Report on horse surra - Volume II, Part II
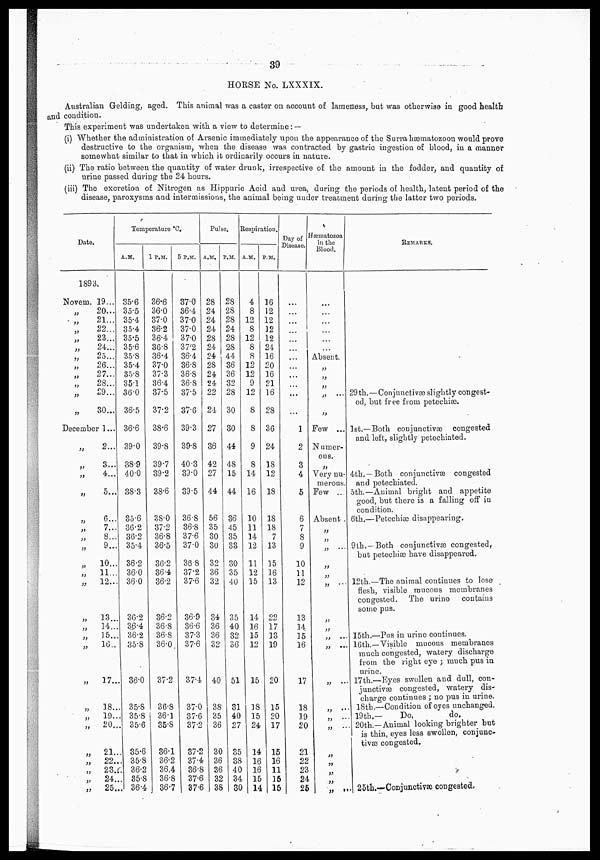
39
HORSE No. LXXXIX.
Australian Gelding, aged. This animal was a caster on account of lameness, but was otherwise in good health
and condition.
This experiment was undertaken with a view to determine: —
(i) Whether the administration of Arsenic immediately upon the appearance of the Surra hæmatozoon would prove
destructive to the organism, when the disease was contracted by gastric ingestion of blood, in a manner
somewhat similar to that in which it ordinarily occurs in nature.
(ii) The ratio between the quantity of water drunk, irrespective of the amount in the fodder, and quantity of
urine passed during the 24 hours.
(iii) The excretion of Nitrogen as Hippuric Acid and urea, during the periods of health, latent period of the
disease, paroxysms and intermissions, the animal being under treatment during the latter two periods.
Date.
1893.
Novem. 19...
„
20...
„
21...
„
22...
„
23...
„,
24...
„
25...
„
26...
„
27
„ 28...
„
29...
„
30...
December 1...
„
2...
„
3...
„
4...
„
5...
„
6...
„
7...
„ 8...
„
9...
„
10...
„ 11...
„
12...
„
13...
„
14...
„
15..
„
16..
„
17..
„
18..
„
19..
„
20..
„
21..
„ 22
„
23.
„
24.
„
25.
Temperature °C.
A.M.
35.6
35.5
35.4
35.4
35.5
356
35.8
35.4
35.8
351
36.0
36.5
36.6
39.0
389
40.0
38.3
35.6
36.2
36.2
35.4
36.2
36.0
36.0
3G.2
36.4
36.2
35.8
36.0
35.8
35.8
. 35.6
85.6
35.8
36.2
35.8
36.4
1 P.M.
36.6
36.0
37.0
36.2
36.4
36.8
36.4
37.0
37.3
36.4
37.5
37.2
38.6
39.8
39.7
39.2
38.6
38.0
37.2
36.8
36.5
36.2
36.4
36.2
36.2
36.8
36.8
36.0
37.2
36.8
36.1
35.8
36.1
36.2
36.4
36.8
36.7
5 P.M.
37.0
36.4
37.0
37.0
370
37.2
36.4
36.8
36.8
36.8
37.5
37.6
39.3
39.8
40.3
39.0
39.5
36.8
36.8
37.6
37.0
36.8
37.2
37.6
36.9
36.6
37.3
37.6
37.4
37.0
37.6
37.2
37.2
37.4
36.8
37.6
37.6
Pulse.
A.M.
28
24
24
24
28
24
24
28
24
24
24
24
27
36
42
27
44
56
35
30
30
32
36
32
34
36
36
32
40
38
35
36
30
36
36
32
38
P.M.
28
28
28
24
28
2S
44
36
36
32
28
30
30
44
48
15
44
36
45
35
38
30
35
40
35
40
32
36
51
31
40
27
35
38
40
34
30
Respiration.
A.M.
4
8
12
8
12
8
8
12
12
9
12
8
8
9
8
14
16
10
11
14
12
11
12
15
14
16
15
12
15
18
15
24
14
16
16
15
14
P.M.
16
12
12
12
12
24
16
20
16
21
16
28
36
24
18
12
18
18
18
7
13
15
16
13
22
17
13
19
20
15
20
17
15
16
11
15
15
Day of
Disease.
...
...
...
...
1
2
3
4
5
6
7
8
9
10
11
12
13
14
15
16
17
18
19
20
21
22
23
24
25
Hæmatozoa
in the
Blood.
...
Absent.
„
„
„
„
Few ...
Numer-
ous..
Very nu-
merous.
Few ...
Absent .
„
„ ...
„ ...
„ ...
„ ...
„ ...
„ ...
„ ...
" ...
„ ...
„ ...
„
„
„
„
„
REMARKS.
29th. — Conjunctivaæ slightly congest-
ed, but free from petechiæ
1st.—Both conjunctivæ congested
and left, slightly petechiated.
4th. —Both conjunctivæ congested
and petechiated.
5th.—Animal bright and appetite
good, but there is a falling off in
condition.
6th.—Petechiæ disappearing.
9th. —Both conjunctivæ congested,
but petechiæ have disappeared,
12th.—.The animal continues to lose
flesh, visible mucous membranes
congested. The urine
contains
some pus.
15th.—Pus in urine continues.
16th.—Visible mucous membranes
much congested, watery discharge
from the right eye ; much pus in
urine.
17th.—Eyes swollen and dull, con-
junctivas congested, watery dis-
charge continues ; no pus in urine.
18th.—Condition of eyes unchanged.
19 th.—
Do,
do.
20th.—Animal looking brighter but
is thin, eyes less swollen, conjunc-
tivæ congested.
25th.– Conjunctivæ congested.